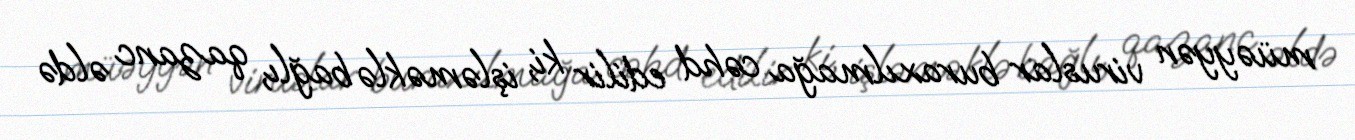
müəyyən viruslar buraxılmağa cəhd edilir ki, işləməklə bağlı, qazanc əldə